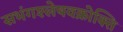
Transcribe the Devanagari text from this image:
सभंगश्लेषवक्रोक्ति